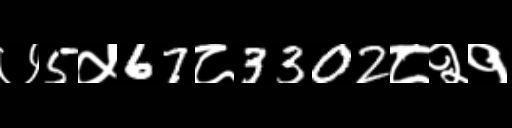
Text: ७5५67८3302८२१